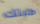
طلبتك